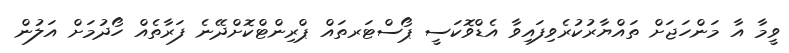
ވީމާ އާ މަންހަޖަށް ތައްޔާރުކުރެވިފައިވާ އެޑްވޮކަސީ ޕޯސްޓަރތައް ޕްރިންޓްކޮށްދޭނެ ފަރާތެއް ހޯދުމަށް އަލުން